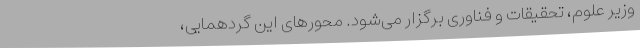
وزیر علوم، تحقیقات و فناوری برگزار می‌شود. محورهای این گردهمایی،